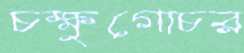
চক্ষুগোচর